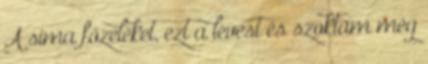
A sima főzeléket, ezt a levest és szoktam még